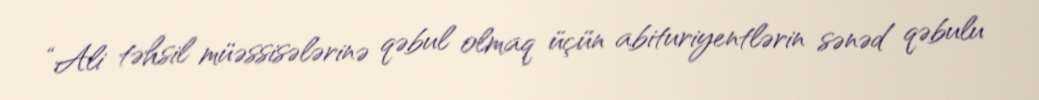
“Ali təhsil müəssisələrinə qəbul olmaq üçün abituriyentlərin sənəd qəbulu